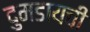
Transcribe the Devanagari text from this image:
दुमडायची